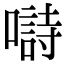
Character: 𡀗